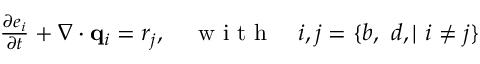
\begin{array} { r } { \frac { \partial e _ { i } } { \partial t } + \nabla \cdot \mathbf q _ { i } = r _ { j } , \quad \textrm { w i t h } \quad i , j = \{ b , \ d , | \ i \neq j \} } \end{array}